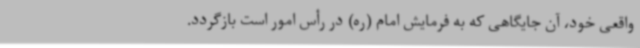
واقعی خود، آن جایگاهی که به فرمایش امام (ره) در رأس امور است بازگردد.